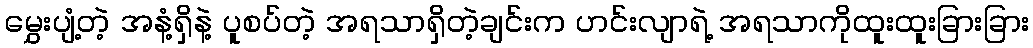
မွှေးပျံ့တဲ့ အနံ့ရှိနဲ့ ပူစပ်တဲ့ အရသာရှိတဲ့ချင်းက ဟင်းလျာရဲ့ အရသာကိုထူးထူးခြားခြား